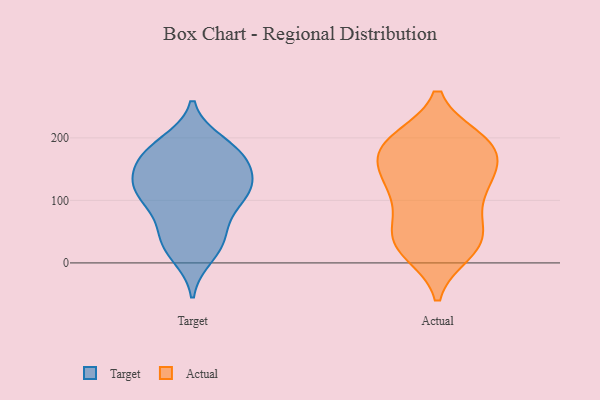
{"axis": {"x": "Shipments", "y": "Value"}, "legend": ["Actual", "Target"], "data": [{"x": "", "y": 191, "type": "Target"}, {"x": "", "y": 33, "type": "Target"}, {"x": "", "y": 152, "type": "Target"}, {"x": "", "y": 117, "type": "Target"}, {"x": "", "y": 140, "type": "Target"}, {"x": "", "y": 12, "type": "Target"}, {"x": "", "y": 45, "type": "Target"}, {"x": "", "y": 125, "type": "Target"}, {"x": "", "y": 181, "type": "Target"}, {"x": "", "y": 102, "type": "Target"}, {"x": "", "y": 69, "type": "Target"}, {"x": "", "y": 114, "type": "Target"}, {"x": "", "y": 117, "type": "Target"}, {"x": "", "y": 105, "type": "Target"}, {"x": "", "y": 171, "type": "Target"}, {"x": "", "y": 177, "type": "Target"}, {"x": "", "y": 173, "type": "Target"}, {"x": "", "y": 29, "type": "Target"}, {"x": "", "y": 148, "type": "Actual"}, {"x": "", "y": 51, "type": "Actual"}, {"x": "", "y": 24, "type": "Actual"}, {"x": "", "y": 178, "type": "Actual"}, {"x": "", "y": 193, "type": "Actual"}, {"x": "", "y": 197, "type": "Actual"}, {"x": "", "y": 118, "type": "Actual"}, {"x": "", "y": 196, "type": "Actual"}, {"x": "", "y": 140, "type": "Actual"}, {"x": "", "y": 61, "type": "Actual"}, {"x": "", "y": 189, "type": "Actual"}, {"x": "", "y": 104, "type": "Actual"}, {"x": "", "y": 134, "type": "Actual"}, {"x": "", "y": 17, "type": "Actual"}, {"x": "", "y": 24, "type": "Actual"}, {"x": "", "y": 166, "type": "Actual"}, {"x": "", "y": 54, "type": "Actual"}, {"x": "", "y": 30, "type": "Actual"}, {"x": "", "y": 112, "type": "Actual"}, {"x": "", "y": 188, "type": "Actual"}]}